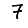
Digit: 7